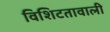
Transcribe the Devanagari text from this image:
विशिटतावाली